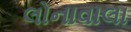
લોનાવાલા